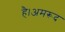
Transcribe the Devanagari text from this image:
है।अमरूद